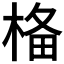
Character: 𣓂